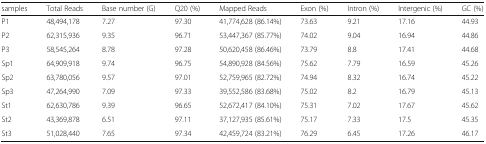
<table><thead><tr><td><b>samples</b></td><td><b>Total Reads</b></td><td><b>Base number (G)</b></td><td><b>Q20 (%)</b></td><td><b>Mapped Reads</b></td><td><b>Exon (%)</b></td><td><b>Intron (%)</b></td><td><b>Intergenic (%)</b></td><td><b>GC (%)</b></td></tr></thead><tbody><tr><td>P1</td><td>48,494,178</td><td>7.27</td><td>97.30</td><td>41,774,628 (86.14%)</td><td>73.63</td><td>9.21</td><td>17.16</td><td>44.93</td></tr><tr><td>P2</td><td>62,315,936</td><td>9.35</td><td>96.71</td><td>53,447,367 (85.77%)</td><td>74.02</td><td>9.04</td><td>16.94</td><td>44.86</td></tr><tr><td>P3</td><td>58,545,264</td><td>8.78</td><td>97.28</td><td>50,620,458 (86.46%)</td><td>73.79</td><td>8.8</td><td>17.41</td><td>44.68</td></tr><tr><td>Sp1</td><td>64,909,918</td><td>9.74</td><td>96.75</td><td>54,890,928 (84.56%)</td><td>75.62</td><td>7.79</td><td>16.59</td><td>45.26</td></tr><tr><td>Sp2</td><td>63,780,056</td><td>9.57</td><td>97.01</td><td>52,759,965 (82.72%)</td><td>74.94</td><td>8.32</td><td>16.74</td><td>45.22</td></tr><tr><td>Sp3</td><td>47,264,990</td><td>7.09</td><td>97.33</td><td>39,552,586 (83.68%)</td><td>75.02</td><td>8.2</td><td>16.79</td><td>45.13</td></tr><tr><td>St1</td><td>62,630,786</td><td>9.39</td><td>96.65</td><td>52,672,417 (84.10%)</td><td>75.31</td><td>7.02</td><td>17.67</td><td>45.62</td></tr><tr><td>St2</td><td>43,369,878</td><td>6.51</td><td>97.11</td><td>37,127,935 (85.61%)</td><td>75.17</td><td>7.33</td><td>17.5</td><td>45.35</td></tr><tr><td>St3</td><td>51,028,440</td><td>7.65</td><td>97.34</td><td>42,459,724 (83.21%)</td><td>76.29</td><td>6.45</td><td>17.26</td><td>46.17</td></tr></tbody></table>